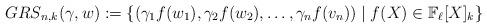
LaTeX: \begin{align*} {GRS}_{n,k}(\gamma,w):= \left\{(\gamma_{1}f(w_{1}),\gamma_2f(w_2),\ldots,\gamma_{n}f(v_{n})) \mid f(X) \in \mathbb{F}_\ell[X]_{k}\right\} \end{align*}